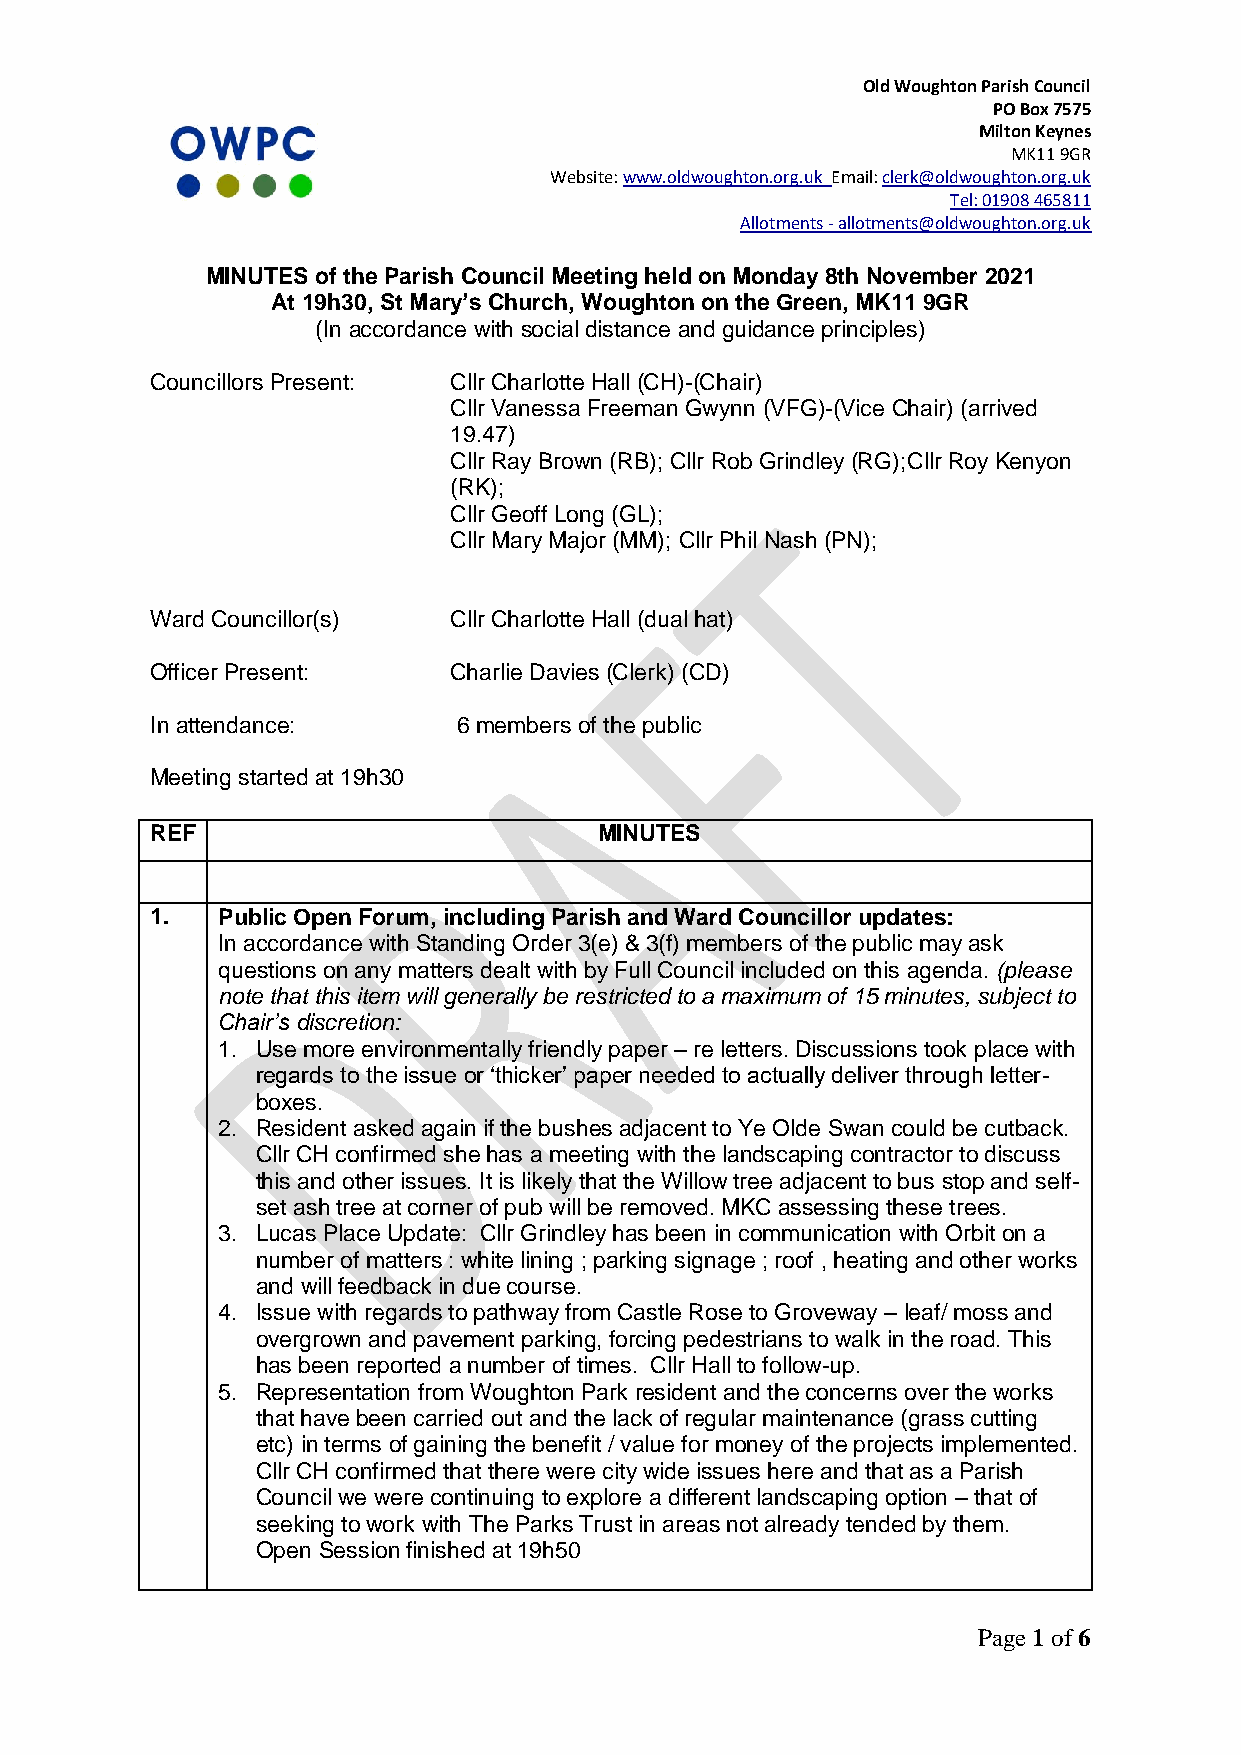
Old Woughton Parish Council
 PO Box 7575
 Milton Keynes
 MK11 9GR
 Website: www.oldwoughton.org.uk Email: clerk@oldwoughton.org.uk
 Tel: 01908 465811
 Allotments - allotments@oldwoughton.org.uk
 MINUTES of the Parish Council Meeting held on Monday 8th November 2021
 At 19h30, St Mary’s Church, Woughton on the Green, MK11 9GR
 (In accordance with social distance and guidance principles)
 Councillors Present: Cllr Charlotte Hall (CH)-(Chair)
 Cllr Vanessa Freeman Gwynn (VFG)-(Vice Chair) (arrived
 19.47)
 Cllr Ray Brown (RB); Cllr Rob Grindley (RG);Cllr Roy Kenyon
 (RK);
 Cllr Geoff Long (GL);
 Cllr Mary Major (MM); Cllr Phil Nash (PN);
 Ward Councillor(s)  Cllr Charlotte Hall (dual hat)
 Officer Present:    Charlie Davies (Clerk) (CD)
 In attendance:      6 members of the public
 Meeting started at 19h30
 REF                           MINUTES
 1.  Public Open Forum, including Parish and Ward Councillor updates:
 In accordance with Standing Order 3(e) & 3(f) members of the public may ask
 questions on any matters dealt with by Full Council included on this agenda. (please
 note that this item will generally be restricted to a maximum of 15 minutes, subject to
 Chair’s discretion:
 1. Use more environmentally friendly paper – re letters. Discussions took place with
 regards to the issue or ‘thicker’ paper needed to actually deliver through letter-
 boxes.
 2. Resident asked again if the bushes adjacent to Ye Olde Swan could be cutback.
 Cllr CH confirmed she has a meeting with the landscaping contractor to discuss
 this and other issues. It is likely that the Willow tree adjacent to bus stop and self-
 set ash tree at corner of pub will be removed. MKC assessing these trees.
 3. Lucas Place Update: Cllr Grindley has been in communication with Orbit on a
 number of matters : white lining ; parking signage ; roof , heating and other works
 and will feedback in due course.
 4. Issue with regards to pathway from Castle Rose to Groveway – leaf/ moss and
 overgrown and pavement parking, forcing pedestrians to walk in the road. This
 has been reported a number of times. Cllr Hall to follow-up.
 5. Representation from Woughton Park resident and the concerns over the works
 that have been carried out and the lack of regular maintenance (grass cutting
 etc) in terms of gaining the benefit / value for money of the projects implemented.
 Cllr CH confirmed that there were city wide issues here and that as a Parish
 Council we were continuing to explore a different landscaping option – that of
 seeking to work with The Parks Trust in areas not already tended by them.
 Open Session finished at 19h50
 Page 1 of 6